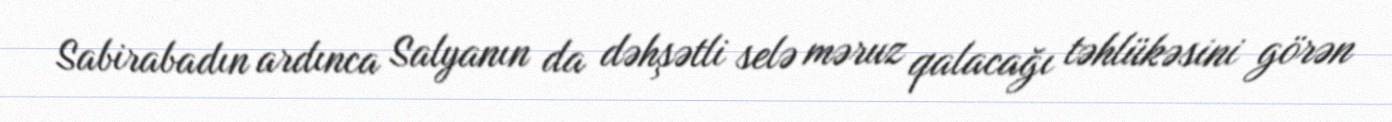
Sabirabadın ardınca Salyanın da dəhşətli selə məruz qalacağı təhlükəsini görən